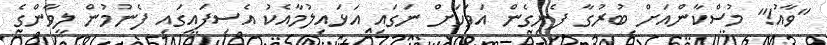
"ވާއު!" މުސްކާންއަށް ބުރުގާ ފެނިގެން އަވަހަށް ނަގައި އަޅައިލުމާއެކު އެސިފައިގައި ފެނުމުން ލީވާންގެ